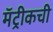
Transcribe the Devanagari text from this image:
मॅट्रीकची